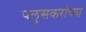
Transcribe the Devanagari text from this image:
पलुसकरांच्या